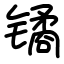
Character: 𫔎